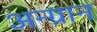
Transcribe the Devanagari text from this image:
अन्ग्रान